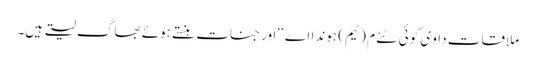
ملاقات داو ی کوئی ٹئے م (ٹیم) ہوندا اے‘‘ اور جنات ہنستے ہوئے بھاگ لیتے ہیں۔